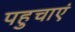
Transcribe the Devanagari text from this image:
पहुचाएं